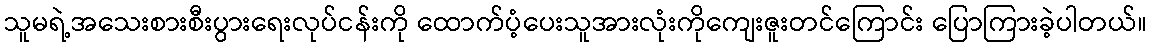
သူမရဲ့အသေးစားစီးပွားရေးလုပ်ငန်းကို ထောက်ပံ့ပေးသူအားလုံးကိုကျေးဇူးတင်ကြောင်း ပြောကြားခဲ့ပါတယ်။